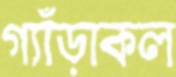
গ্যাঁড়াকল